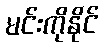
မင်းကိုနိုင်